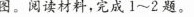
图。阅读材料，完成1~2题。